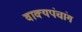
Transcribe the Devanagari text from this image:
वाक्यपंचांग